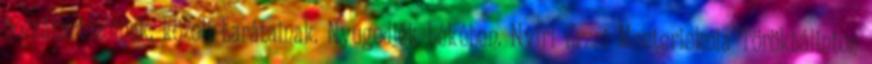
hozzátartozóinak, közeli barátainak. Nyugodjék békében. Nyíri Erzsi Mesteriskola Törökbálinton